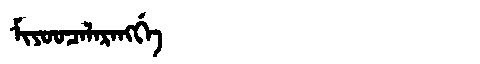
Manchu: ᠮᡳᠶᠣᠣᠴᠠᠯᠠᡵᠠᠩᡤᡝ
Romanization: MIYOOCALARANGGE